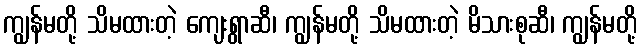
ကျွန်မတို့ သိမထားတဲ့ ကျေးရွာဆီ၊ ကျွန်မတို့ သိမထားတဲ့ မိသားစုဆီ၊ ကျွန်မတို့